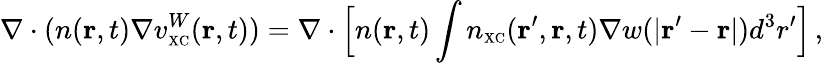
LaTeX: \nabla\cdot(n({\mathbf r},t)\nabla v_{\scriptscriptstyle\mathrm{XC}}^{W}({\mathbf r},t))=\nabla\cdot\Big[n({\mathbf r},t)\int n_{\scriptscriptstyle\mathrm{XC}}({\mathbf r}^{\prime},{\mathbf r},t)\nabla w(\vert{\mathbf r}^{\prime}-{\mathbf r}\vert)d^{3}r^{\prime}\Big]\, ,